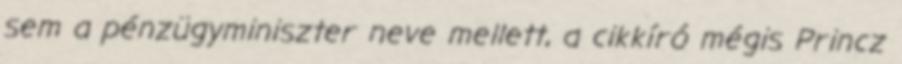
sem a pénzügyminiszter neve mellett, a cikkíró mégis Princz